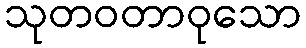
သုတဝတာဝုသော